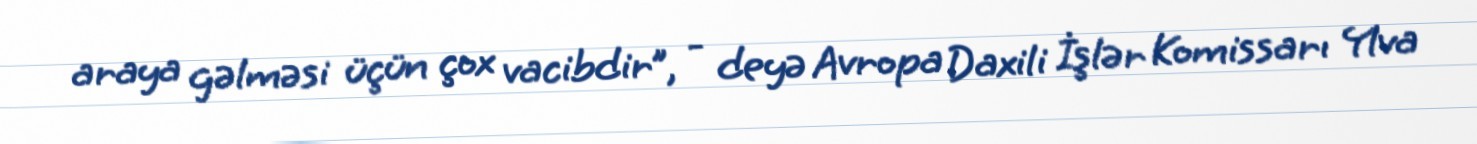
araya gəlməsi üçün çox vacibdir”, - deyə Avropa Daxili İşlər Komissarı Ylva